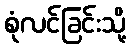
စုံလင်ခြင်းသို့